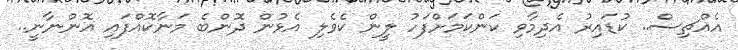
އެއްޗިސް.. ކުޑައިރު އެދިމާވި ކަންކަމަށްފަހު ލީން ކެވެލި އެޅުން ދޮންބެ މަނާކޮއްފައި އޮންނާނީ..